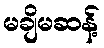
မချိမဆန့်